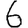
Digit: 6